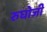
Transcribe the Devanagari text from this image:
रुघोजी